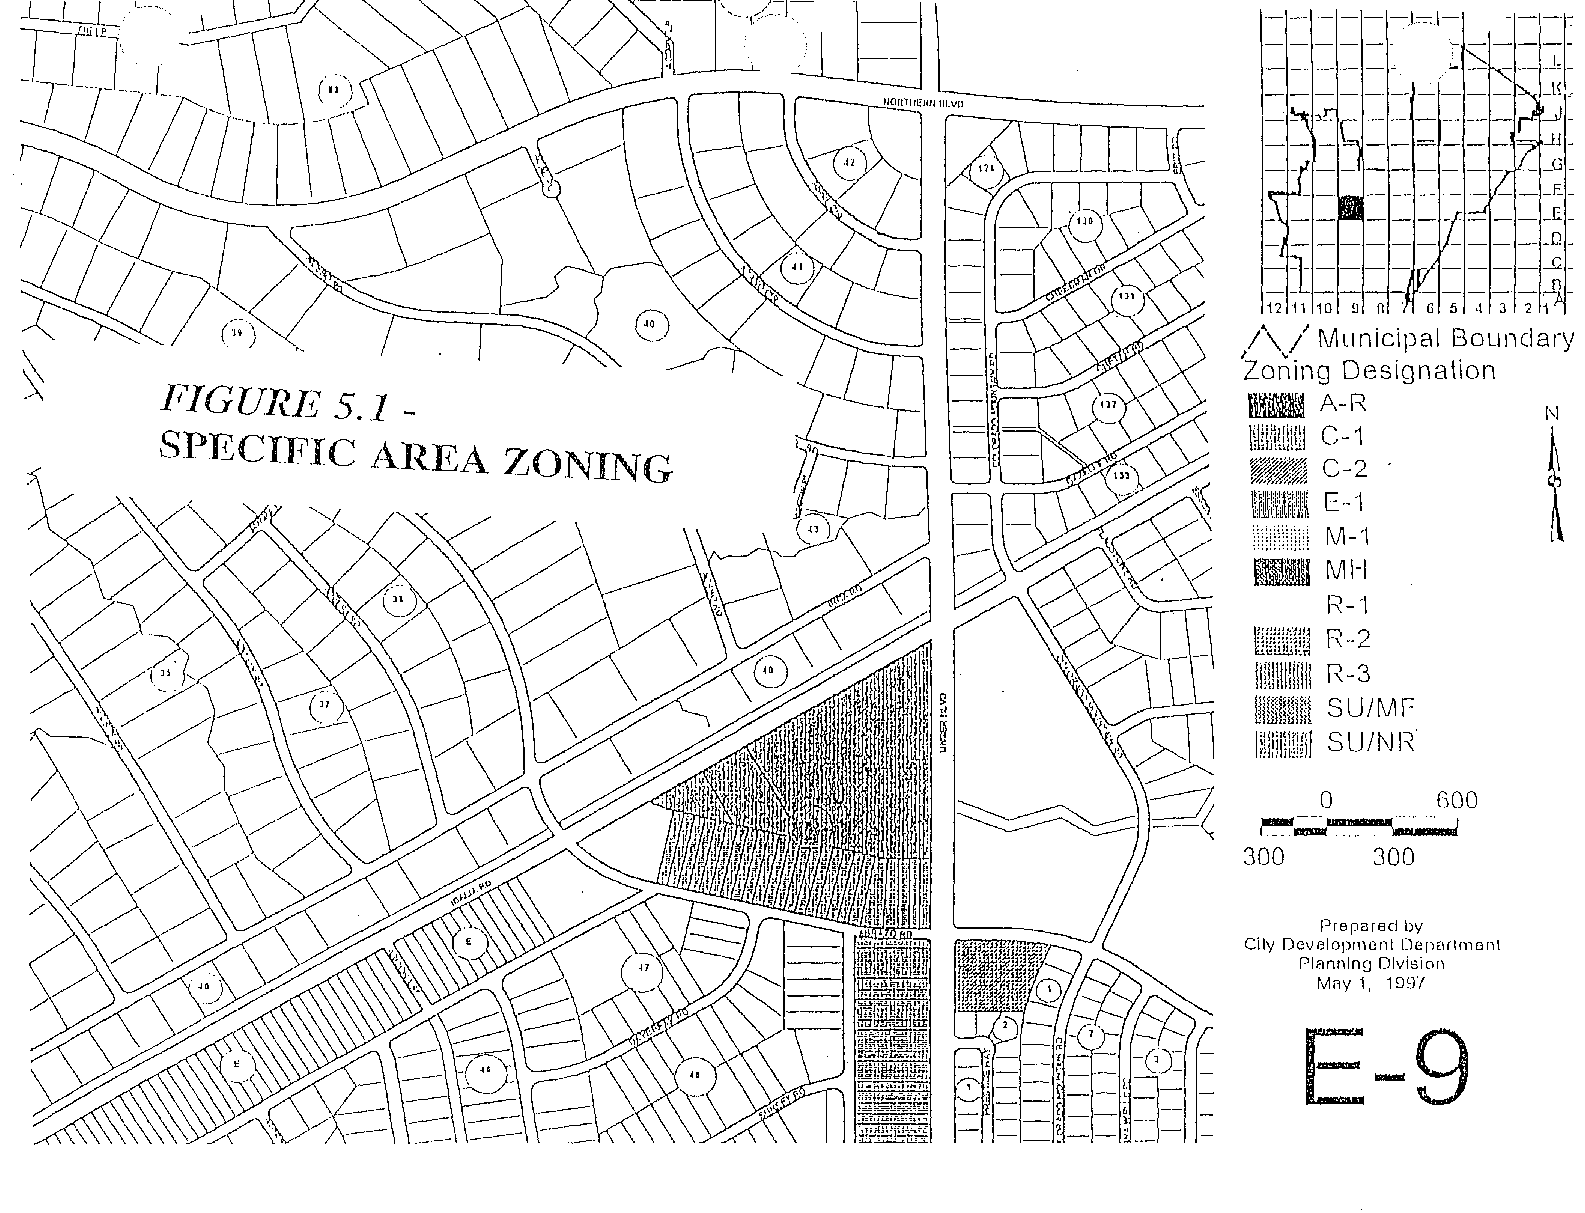
_1L
 ~_E,,-_
 _ ,_1: _
 _ ,_0,_
 _-J _I L= t-~H~ _- _____ ~,-
 Fl,_
 :ff-
 12111 10 9 fI 61 51 ·1 131 21?
 1'\ II Municipal Boundary
 I Zon" ing Designation
 l~GURE      5.1 ­                                                       ~    A-R
 N
 W~inlltil\l c-'1
 SPECIFIC      AREA     ZONING                                           IthhmJ~1
 t
 ~ff. C-2
 ~:7h'//,"h·'
 E -'\
 ('\:~il~
 ,:\:11/1.
 \\%j~jl\n\ M-1
 BMH
 R-1
 llilillim!U R-2
 11!!lll!l!l!l! R-3
 S U / M F­
 ImWHW~
 ~lill@M
 S U / "J R
 1 ;:l,l!lll1Ilmq~Jii! ll
 l' "
 o      '
 GOO
 ~~~;;d
 300      300
 Prepared by
 City Development Department
 Plannino Division
 Mny '1, 199'/
 E-9